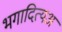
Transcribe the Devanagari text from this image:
भगादित्यअ